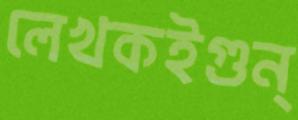
লেখকইগুন্